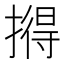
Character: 𪮦